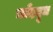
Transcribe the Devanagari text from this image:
चाँददूध